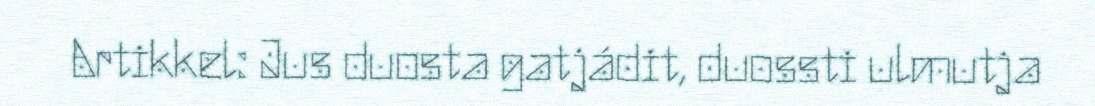
Artikkel: Jus duosta gatjádit, duossti ulmutja